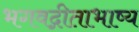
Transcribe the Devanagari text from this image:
भगवद्गीताभाष्य